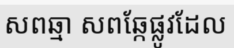
សពឆ្មា សពឆ្កែផ្លូវដែល